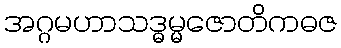
အဂ္ဂမဟာသဒ္ဓမ္မဇောတိကဓဇ